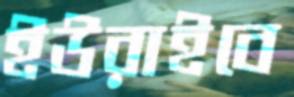
ইউরাইবে